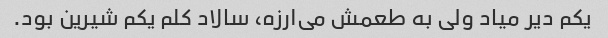
یکم دیر میاد ولی به طعمش می‌ارزه، سالاد کلم یکم شیرین بود.